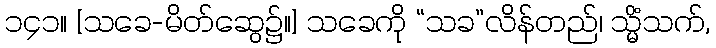
၁၄၁။ [သခေ-မိတ်ဆွေ၌။] သခေကို “သခ”လိန်တည်၊ သ္မိံသက်,